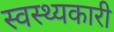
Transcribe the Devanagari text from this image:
स्वस्थ्यकारी